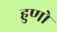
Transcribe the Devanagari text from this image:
हुणो